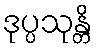
ဒုပ္ပသုန္တိ